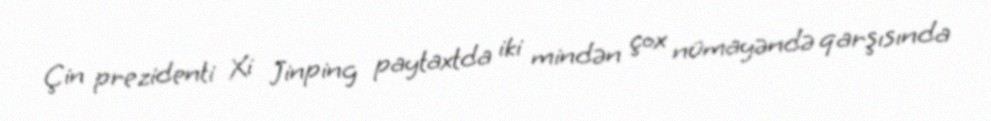
Çin prezidenti Xi Jinping paytaxtda iki mindən çox nümayəndə qarşısında